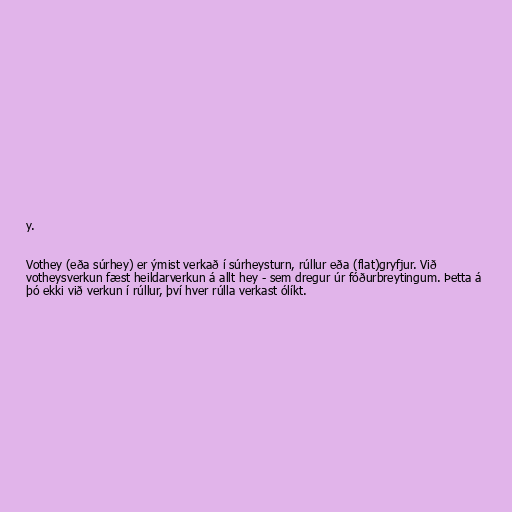
y.

Vothey (eða súrhey) er ýmist verkað í súrheysturn, rúllur eða (flat)gryfjur. Við
votheysverkun fæst heildarverkun á allt hey - sem dregur úr fóðurbreytingum. Þetta á
þó ekki við verkun í rúllur, því hver rúlla verkast ólíkt.